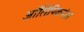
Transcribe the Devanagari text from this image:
ऑलिंपिकनंतर